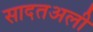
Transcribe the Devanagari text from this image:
सादतअली